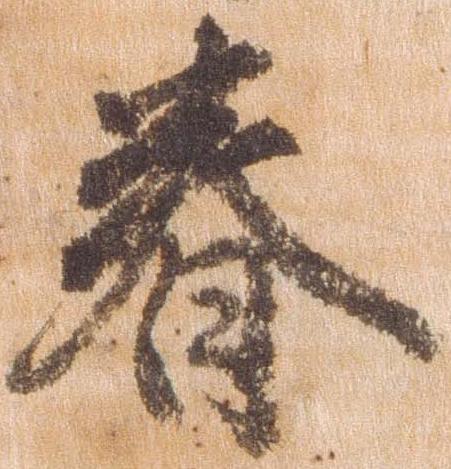
春